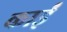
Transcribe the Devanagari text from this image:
काईं